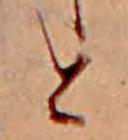
と